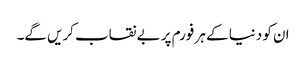
ان کو دنیا کے ہر فورم پر بے نقاب کریں گے۔